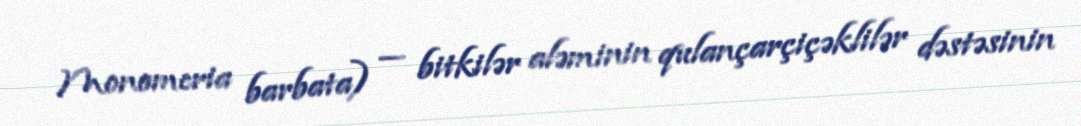
Monomeria barbata) — bitkilər aləminin qulançarçiçəklilər dəstəsinin